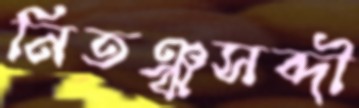
নিতঞ্ঝসব্দী